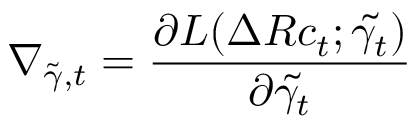
\nabla _ { \tilde { \gamma } , t } = \frac { \partial L ( \Delta R c _ { t } ; \tilde { \gamma _ { t } } ) } { \partial \tilde { \gamma _ { t } } }